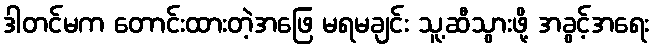
ဒါတင်မက တောင်းထားတဲ့အဖြေ မရမချင်း သူ့ဆီသွားဖို့ အခွင့်အရေး